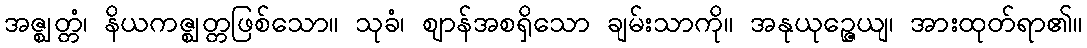
အဇ္ဈတ္တံ၊ နိယကဇ္ဈတ္တဖြစ်သော။ သုခံ၊ ဈာန်အစရှိသော ချမ်းသာကို။ အနုယုဉ္ဇေယျ၊ အားထုတ်ရာ၏။